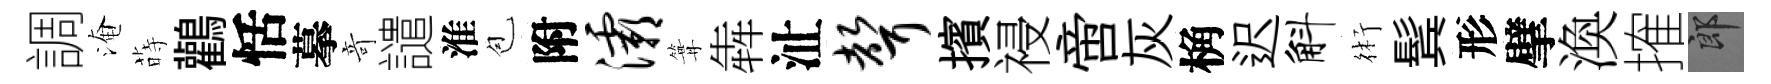
調淹蒔鸛恬摹竒譴淮苞附灞篝犇沚声擯祲啻灰桷迟斛術鬂形擘渙搉郎